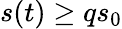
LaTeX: s(t)\geq qs_{0}